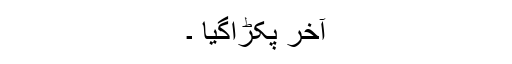
آخر پکڑاگیا ۔